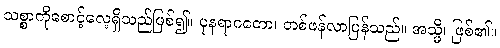
သစ္စာကိုစောင့်လေ့ရှိသည်ဖြစ်၍။ ပုနရာဂတော၊ တစ်ဖန်လာပြန်သည်။ အသ္မိ၊ ဖြစ်၏။